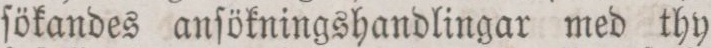
ſökandes anſökningshandlingar med thy